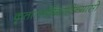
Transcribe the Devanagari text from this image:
कृतात्मविद्याविन्यासो